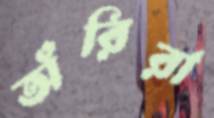
অঁরিরা